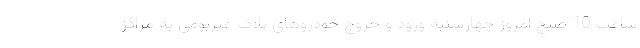
ساعت 10 صبح امروز چهارشنبه ورود و خروج خودرو‌های پلاک غیربومی به مراکز